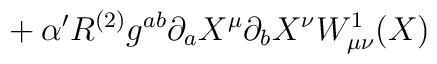
{}+ \alpha' R^{(2)} g^{ab} \partial_a X^\mu \partial_b X^\nu      W^1_{\mu\nu}(X)